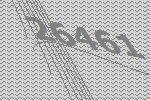
26461